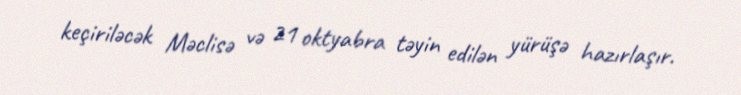
keçiriləcək Məclisə və 21 oktyabra təyin edilən yürüşə hazırlaşır.